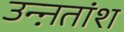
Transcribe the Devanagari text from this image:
उन्ऩतांश